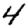
Digit: 4